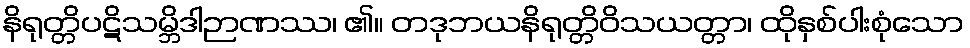
နိရုတ္တိပဋိသမ္ဘိဒါဉာဏဿ၊ ၏။ တဒုဘယနိရုတ္တိဝိသယတ္တာ၊ ထိုနှစ်ပါးစုံသော